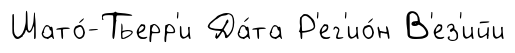
Шато́-Тьерр'и Да́та Р'ег'ио́н В'ез'ийи